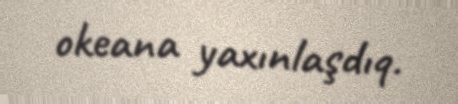
okeana yaxınlaşdıq.